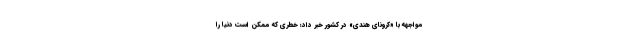
مواجهه با «کرونای هندی» در کشور خبر داد؛ خطری که ممکن است دنیا را